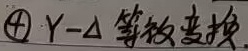
\textcircled{4} \(Y - \Delta\) 等效变换.